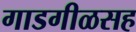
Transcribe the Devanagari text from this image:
गाडगीळसह